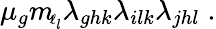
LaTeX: \mu_{g}m_{\! \scriptscriptstyle\ell_{l}}\lambda_{ghk}\lambda_{ilk}\lambda_{jhl}\; .